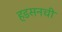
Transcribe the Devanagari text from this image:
हडसनची